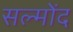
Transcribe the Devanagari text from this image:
सल्मोंद